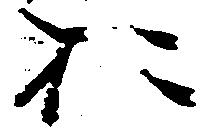
お